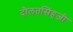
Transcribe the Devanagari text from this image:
दौलतसिंहजी